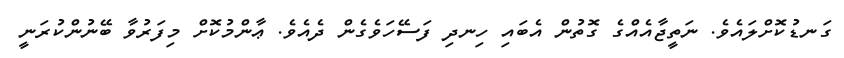
ގަނޑުކޮށްލައެވެ. ނަތީޖާއެއްގެ ގޮތުން އެބައި ހިނދި ފަސޭހަވެގެން ދެއެވެ. ޢާންމުކޮށް މިފަރުވާ ބޭނުންކުރަނީ